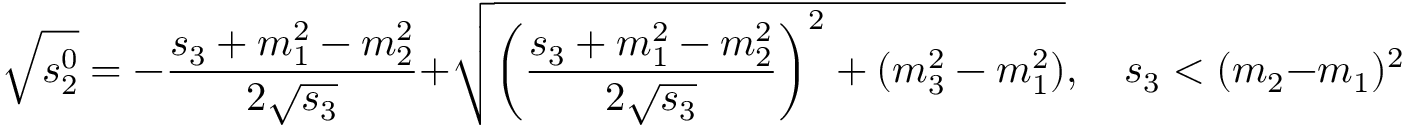
\sqrt { s _ { 2 } ^ { 0 } } = - \frac { s _ { 3 } + m _ { 1 } ^ { 2 } - m _ { 2 } ^ { 2 } } { 2 \sqrt { s _ { 3 } } } + \sqrt { \left( { \frac { s _ { 3 } + m _ { 1 } ^ { 2 } - m _ { 2 } ^ { 2 } } { 2 \sqrt { s _ { 3 } } } } \right) ^ { 2 } + ( m _ { 3 } ^ { 2 } - m _ { 1 } ^ { 2 } ) } , \quad s _ { 3 } < ( m _ { 2 } - m _ { 1 } ) ^ { 2 } ,